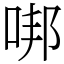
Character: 𠳐